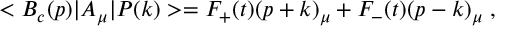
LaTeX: < B _ { c } ( p ) | A _ { \mu } | P ( k ) > = F _ { + } ( t ) ( p + k ) _ { \mu } + F _ { - } ( t ) ( p - k ) _ { \mu } \; ,